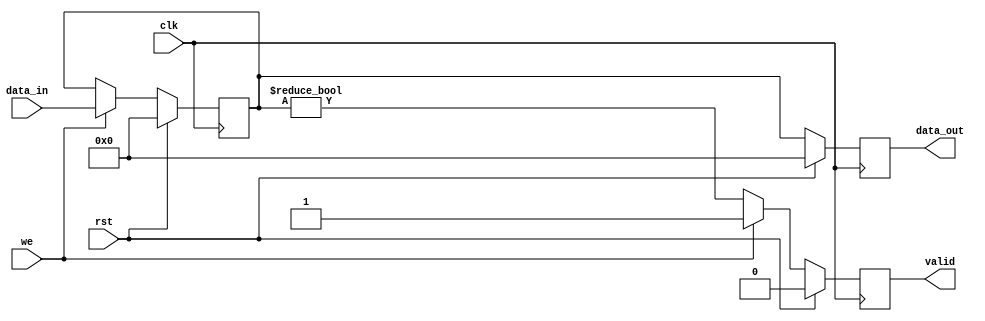
module PipelineBuffer #(
    parameter N = 8,      // Width of the data bus
    parameter DEPTH = 1   // Depth of the pipeline (number of stages)
)(
    input wire clk,       // Clock signal
    input wire rst,       // Synchronous reset signal
    input wire we,        // Write enable signal
    input wire [N-1:0] data_in, // Data input
    output reg [N-1:0] data_out, // Data output
    output reg valid      // Valid signal
);

// Internal buffer storage
reg [N-1:0] buffer [0:DEPTH-1];

// Pipeline control logic
integer i;

always @(posedge clk) begin
    if (rst) begin
        // Reset the buffer and valid signal
        for (i = 0; i < DEPTH; i = i + 1) begin
            buffer[i] <= 0;
        end
        data_out <= 0;
        valid <= 0;
    end else if (we) begin
        // Shift data through the pipeline
        buffer[0] <= data_in; // Load new data into the first stage
        for (i = 1; i < DEPTH; i = i + 1) begin
            buffer[i] <= buffer[i-1]; // Shift data through the pipeline
        end
        data_out <= buffer[DEPTH-1]; // Output data from the last stage
        valid <= 1; // Set valid signal
    end else begin
        // Maintain the previous output and valid state if not writing
        data_out <= buffer[DEPTH-1];
        valid <= (buffer[DEPTH-1] != 0); // Update valid based on output data
    end
end

endmodule